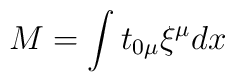
M = \int t_{0\mu}\xi^{\mu} dx